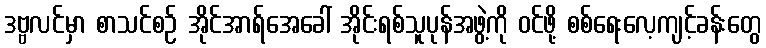
ဒဗ္ဗလင်မှာ စာသင်စဉ် အိုင်အာရ်အေခေါ် အိုင်းရစ်သူပုန်အဖွဲ့ကို ဝင်ဖို့ စစ်ရေးလေ့ကျင့်ခန်းတွေ